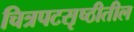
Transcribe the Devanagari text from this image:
चित्रपटसृष्ठीतील